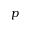
p